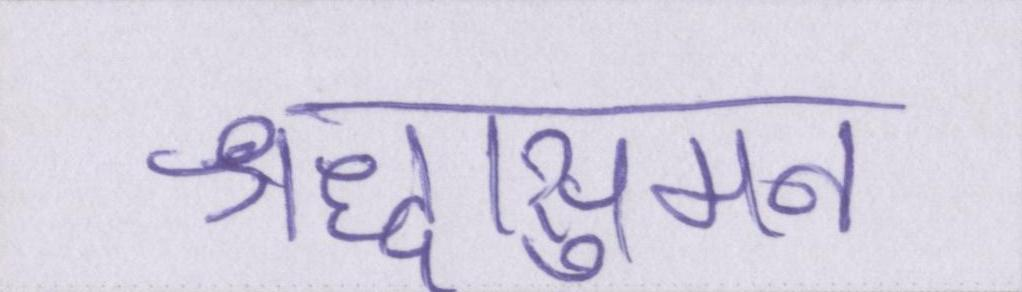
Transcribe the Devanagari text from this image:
श्रद्धासुमन